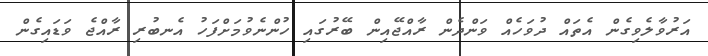
އަރުވާލެވިގެން އެތައް ދުވަހެއް ވަންދެން ރާއްޖޭއިން ބޭރުގައި ހުންނެވުމަށްފަހު އެނބުރި ރާއްޖެ ވަޑައިގެން